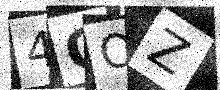
Text: 4OOZ